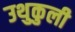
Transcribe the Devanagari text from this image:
उथुकुली